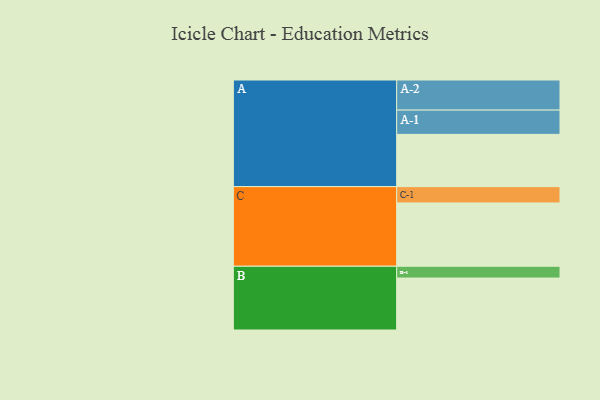
{"axis": {"x": "Segment", "y": "Value"}, "legend": ["", "A", "B", "C"], "data": [{"x": "A", "y": 474, "type": ""}, {"x": "B", "y": 471, "type": ""}, {"x": "C", "y": 574, "type": ""}, {"x": "A-1", "y": 220, "type": "A"}, {"x": "A-2", "y": 273, "type": "A"}, {"x": "B-1", "y": 107, "type": "B"}, {"x": "C-1", "y": 148, "type": "C"}]}